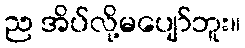
ည အိပ်လို့မပျော်ဘူး။